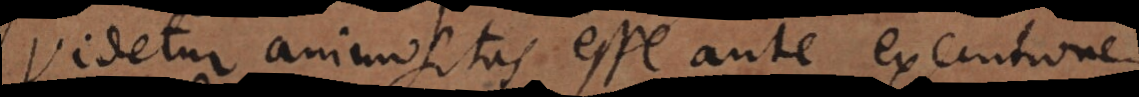
Videtur animositas esse ante executionem,